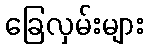
ခြေလှမ်းများ